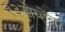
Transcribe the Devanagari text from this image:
२३नोव्हेंबर